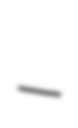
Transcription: –